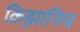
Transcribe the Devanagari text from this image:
क्रिझ़ानिच